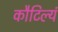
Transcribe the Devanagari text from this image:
कौटिल्यं